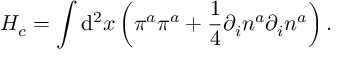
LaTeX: H _ { c } = \int \mathrm { d } ^ { 2 } x \left( \pi ^ { a } \pi ^ { a } + \frac { 1 } { 4 } \partial _ { i } n ^ { a } \partial _ { i } n ^ { a } \right) .